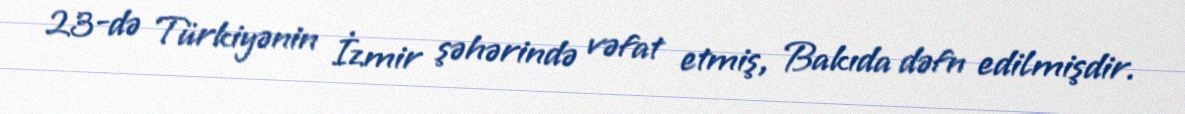
23-də Türkiyənin İzmir şəhərində vəfat etmiş, Bakıda dəfn edilmişdir.